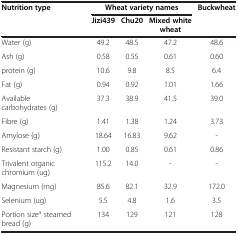
| <ROWSPAN=2> Nutrition type | <COLSPAN=3> Wheat variety names | <ROWSPAN=2> Buckwheat |
 | Jizi439 | Chu20 | Mixed white wheat |
 | --- | --- | --- | --- | --- |
 | Water (g) | 49.2 | 48.5 | 47.2 | 48.6 |
 | Ash (g) | 0.58 | 0.55 | 0.61 | 0.60 |
 | protein (g) | 10.6 | 9.8 | 8.5 | 6.4 |
 | Fat (g) | 0.94 | 0.92 | 1.01 | 1.66 |
 | Available carbohydrates (g) | 37.3 | 38.9 | 41.5 | 39.0 |
 | Fibre (g) | 1.41 | 1.38 | 1.24 | 3.73 |
 | Amylose (g) | 18.64 | 16.83 | 9.62 | - |
 | Resistant starch (g) | 1.00 | 0.85 | 0.61 | 0.86 |
 | Trivalent organic chromium (ug) | 115.2 | 14.0 | - | - |
 | Magnesium (mg) | 85.6 | 82.1 | 32.9 | 172.0 |
 | Selenium (ug) | 5.5 | 4.8 | 1.6 | 3.5 |
 | Portion sizea steamed bread (g) | 134 | 129 | 121 | 128 |